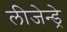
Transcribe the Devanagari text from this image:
लीजेन्ड्रे